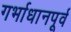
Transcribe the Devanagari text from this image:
गर्भाधानपूर्व